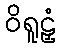
ဝိရူဠှံ